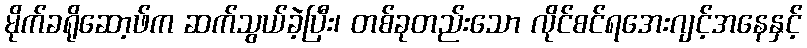
မိုက်ခရိုဆော့ဖ်က ဆက်သွယ်ခဲ့ပြီး၊ တစ်ခုတည်းသော လိုင်စင်ရအေးဂျင့်အနေနှင့်